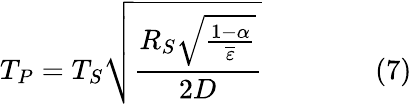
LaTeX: T_{P}=T_{S}{\sqrt{\frac{R_{S}{\sqrt{\frac{1-\alpha}{\overline{{\varepsilon}}}}}}{2D}}}\qquad\qquad(7)